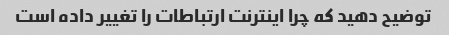
توضیح دهید که چرا اینترنت ارتباطات را تغییر داده است